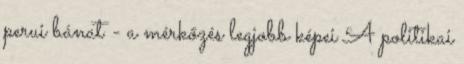
perui bánat - a mérkőzés legjobb képei A politikai